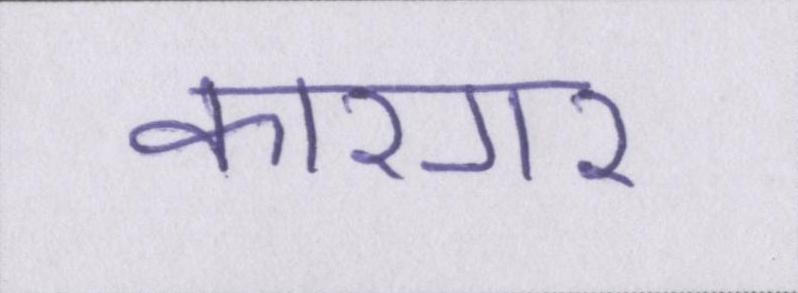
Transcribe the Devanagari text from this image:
कारगर